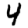
Digit: 4